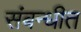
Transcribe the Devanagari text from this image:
संबन्धीत